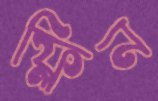
ফ্লিন